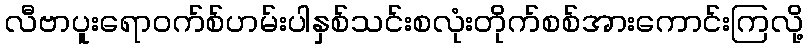
လီဗာပူးရောဝက်စ်ဟမ်းပါနှစ်သင်းစလုံးတိုက်စစ်အားကောင်းကြလို့